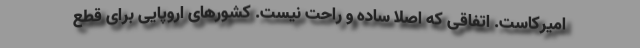
امیرکاست. اتفاقی که اصلا ساده و راحت نیست. کشورهای اروپایی برای قطع